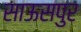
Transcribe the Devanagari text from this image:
साऊसपुर